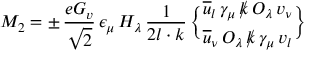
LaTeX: { \cal M } _ { 2 } = \pm \, \frac { e G _ { v } } { \sqrt 2 } \, \epsilon _ { \mu } \, H _ { \lambda } \, \frac { 1 } { 2 l \cdot k } \, { { \overline { { u } } } _ { l } \, \gamma _ { \mu } \, { \rlap / k } \, O _ { \lambda } \, v _ { \nu } \brace { \overline { { u } } } _ { \nu } \, O _ { \lambda } \, { \rlap / k } \, \gamma _ { \mu } \, v _ { l } }